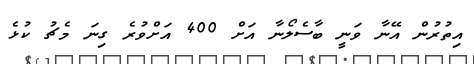
އިތުރުން އޭނާ ވަނީ ބާސެލޯނާ އަށް 400 އަށްވުރެ ގިނަ މެޗު ކުޅެ